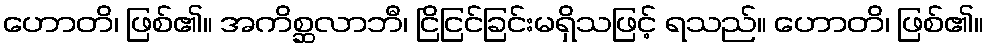
ဟောတိ၊ ဖြစ်၏။ အကိစ္ဆလာဘီ၊ ငြိငြင်ခြင်းမရှိသဖြင့် ရသည်။ ဟောတိ၊ ဖြစ်၏။